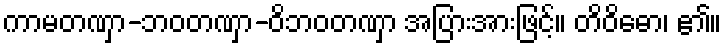
ကာမတဏှာ-ဘဝတဏှာ-ဝိဘဝတဏှာ အပြားအားဖြင့်။ တိဝိဓော၊ ၏။